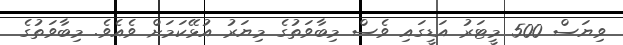
ވިޔަސް 500 މީޓަރު އަޑީގައި ވެސް މިބާވަތުގެ މިޔަރު އުޅޭކަމަށް ވެއެވެ. މިބާވަތުގެ